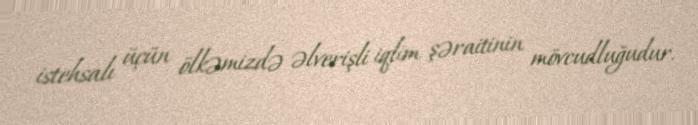
istehsalı üçün ölkəmizdə əlverişli iqlim şəraitinin mövcudluğudur.